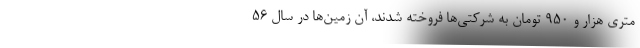
متري هزار و 950 تومان به شركتي‌ها فروخته شدند، آن زمين‌ها در سال 56